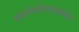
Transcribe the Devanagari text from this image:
स्वातंत्र्योत्तरकालीन